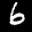
Label: 6